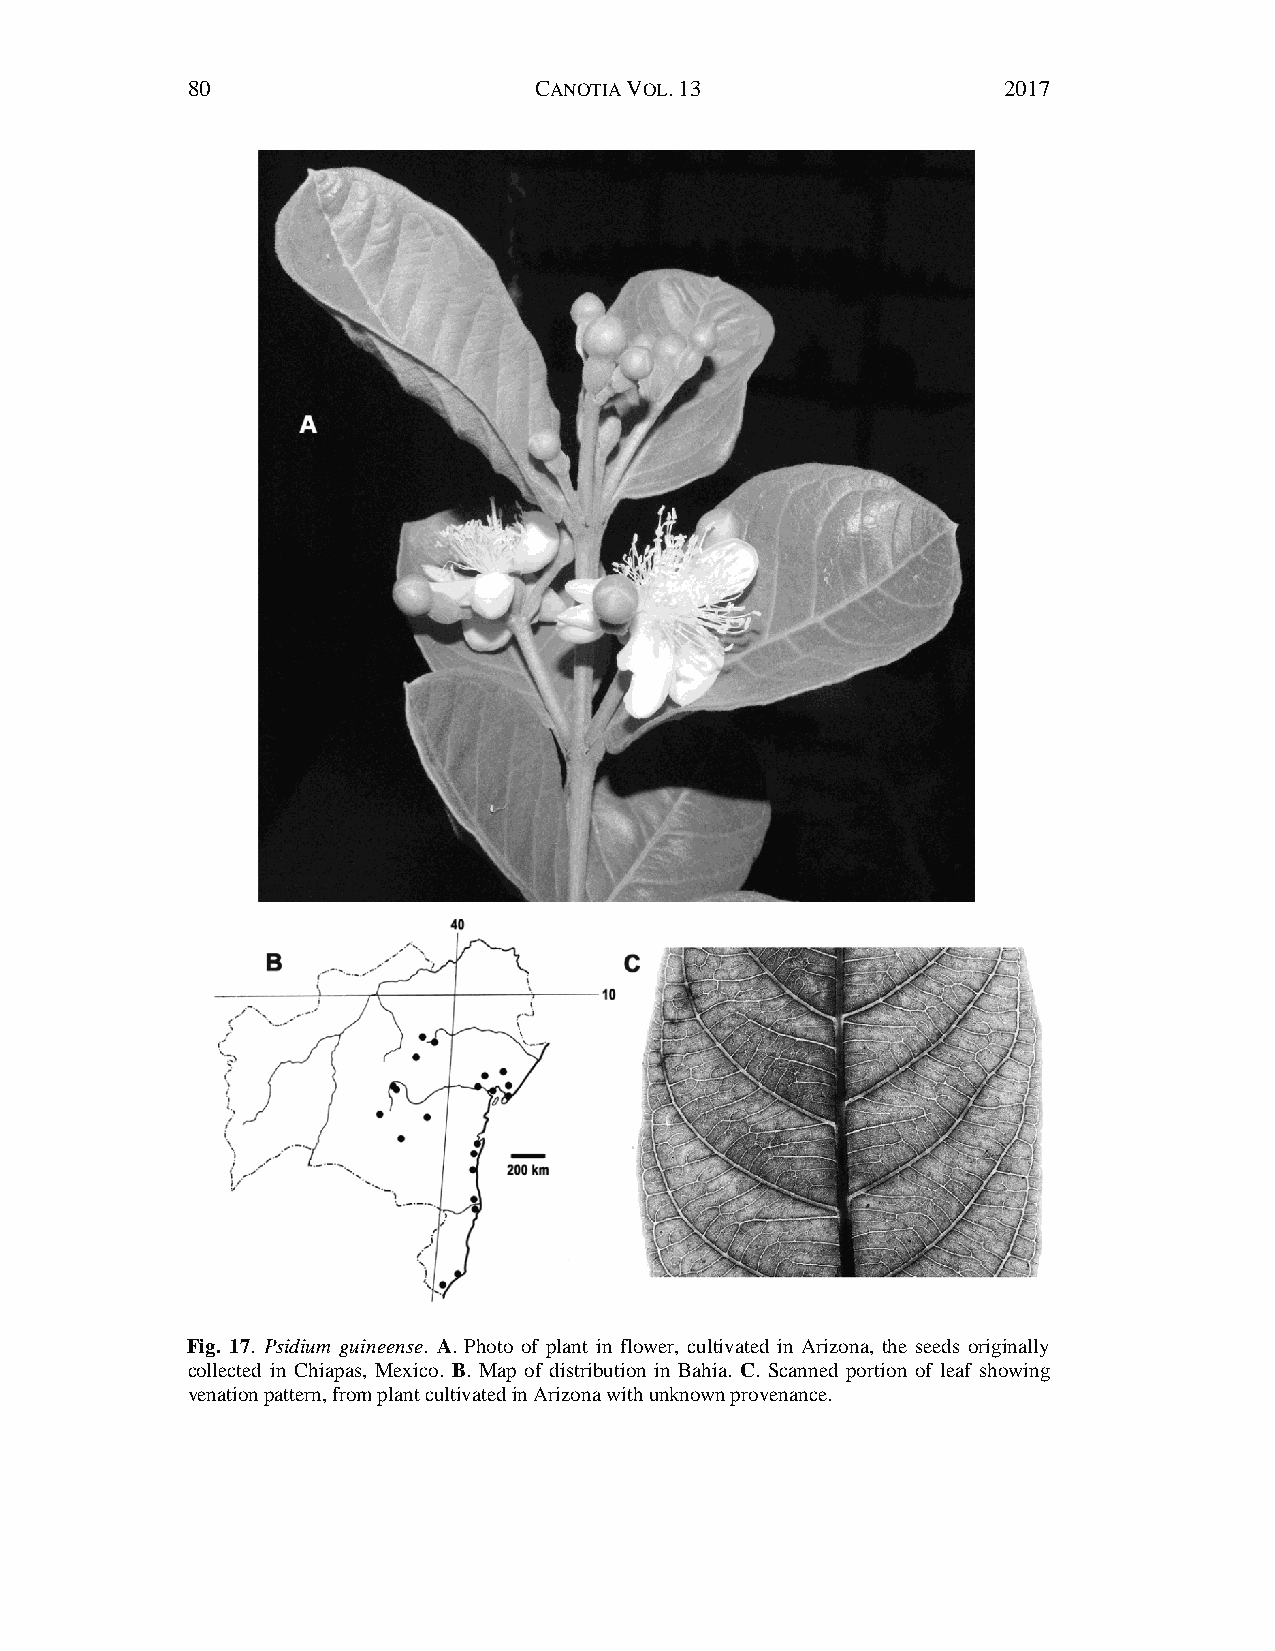
80                     CANOTIA VOL. 13                2017
 Fig. 17. Psidium guineense. A. Photo of plant in flower, cultivated in Arizona, the seeds originally
 collected in Chiapas, Mexico. B. Map of distribution in Bahia. C. Scanned portion of leaf showing
 venation pattern, from plant cultivated in Arizona with unknown provenance.